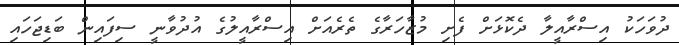
ދުވަހަކު އިސްރާއީލާ ދެކޮޅަށް ފެށި މުޒާހަރާގެ ތެރެއަށް އިސްރާއީލުގެ އުދުވާނީ ސިފައިން ބަޑިޖަހައި